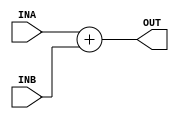
module ADD(INA,INB,OUT);
  
  parameter WIDTH = 38;
  
  input signed [37:0] INA;
  input signed [31:0] INB;
  output signed [WIDTH - 1:0] OUT;
  
	assign OUT = INA+INB;
	
endmodule